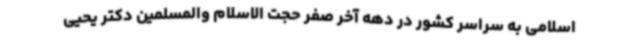
اسلامی به سراسر کشور در دهه آخر صفر حجت الاسلام والمسلمین دکتر یحیی